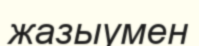
жазыумен